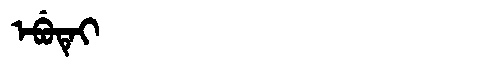
Manchu: ᡝᠪᡠᡨᡝᡳ
Romanization: EBUTEI